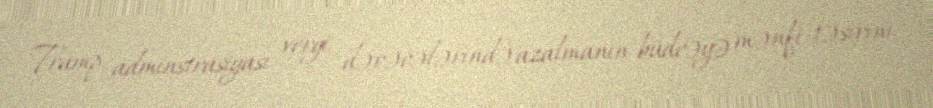
Tramp adminstrasiyası vergi dərəcələrində azalmanın büdcəyə mənfi təsirini